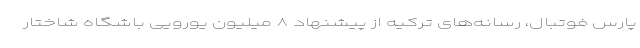
پارس فوتبال، رسانه‌های ترکیه از پیشنهاد ۸ میلیون یورویی باشگاه شاختار